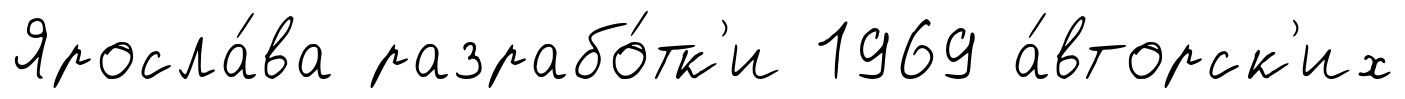
Яросла́ва разрабо́тк'и 1969 а́вторск'их